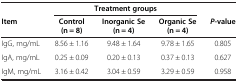
|  | <COLSPAN=3> Treatment groups |  |
 | Item | Control (n = 8) | Inorganic Se (n = 4) | Organic Se (n = 4) | P-value |
 | --- | --- | --- | --- | --- |
 | IgG, mg/mL | 8.56 ± 1.16 | 9.48 ± 1.64 | 9.78 ± 1.65 | 0.805 |
 | IgA, mg/mL | 0.25 ± 0.09 | 0.20 ± 0.13 | 0.37 ± 0.13 | 0.627 |
 | IgM, mg/mL | 3.16 ± 0.42 | 3.04 ± 0.59 | 3.29 ± 0.59 | 0.958 |